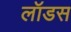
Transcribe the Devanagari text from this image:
लॉडस